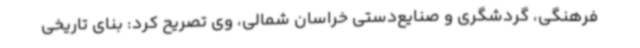
فرهنگی، گردشگری و صنایع‌دستی خراسان شمالی، وی تصریح کرد: بنای تاریخی